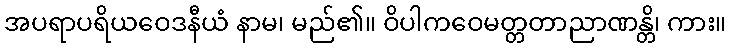
အပရာပရိယဝေဒနီယံ နာမ၊ မည်၏။ ဝိပါကဝေမတ္တတာညာဏန္တိ၊ ကား။